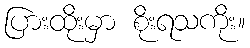
ပြားထိုးမှာ စိုးရသကိုး။